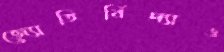
জ্যোতির্বিদ্যাও